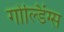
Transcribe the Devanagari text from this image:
गोल्डिंग्स